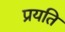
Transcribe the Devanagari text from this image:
प्रयति